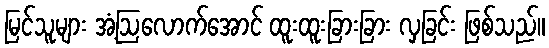
မြင်သူများ အံ့ဩလောက်အောင် ထူးထူးခြားခြား လှခြင်း ဖြစ်သည်။